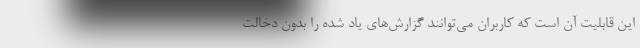
این قابلیت آن است که کاربران می‌توانند گزارش‌های یاد شده را بدون دخالت